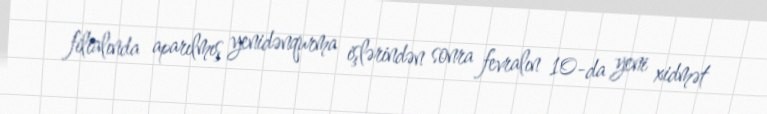
filialında aparılmış yenidənqurma işlərindən sonra fevralın 10-da yeni xidmət